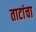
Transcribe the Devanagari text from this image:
ताटांचा